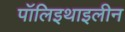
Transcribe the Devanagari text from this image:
पॉलिइथाइलीन